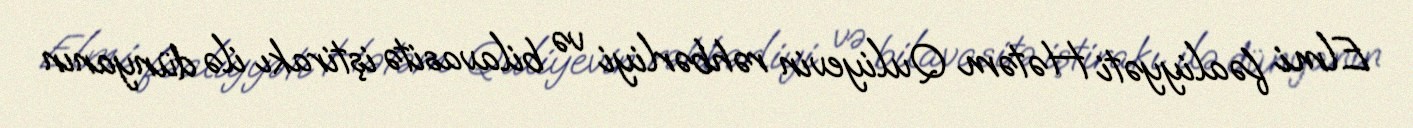
Elmi fəaliyyəti Hətəm Quliyevin rəhbərliyi və bilavasitə iştirakı ilə dünyanın